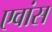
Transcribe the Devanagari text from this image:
एवांस